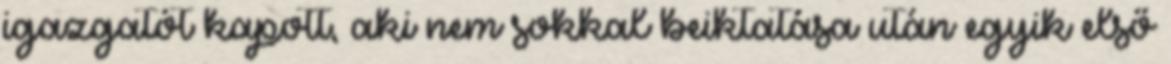
igazgatót kapott, aki nem sokkal beiktatása után egyik első